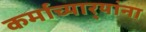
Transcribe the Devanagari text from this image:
कर्माच्यार्‍यांना